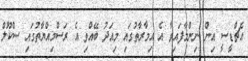
އެޗްޑީސީ އިން ނިންމާފައިވާ އެ އިމާރާތުގައި މިއަދު ބޭއްވި އެ ރަސްމިއްޔާތުގައި ސްކޫލް